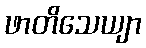
ဖာတိသေယျာ